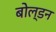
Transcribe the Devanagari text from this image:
बोल्डन